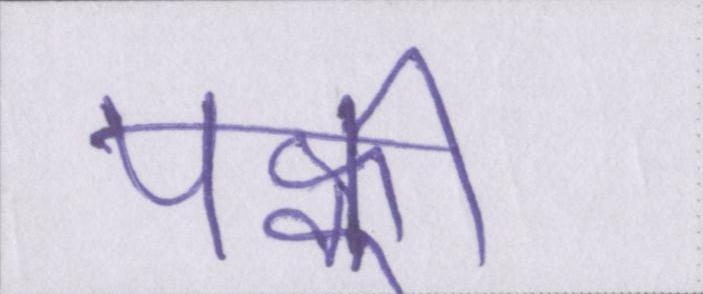
पक्की